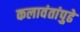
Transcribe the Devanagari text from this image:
कलावंतांपुढे